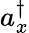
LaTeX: a_{x}^{\dagger}